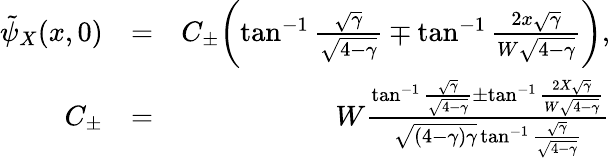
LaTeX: \begin{array}{rlr}{\tilde{\psi}_{X}(x,0)}&{=}&{C_{\pm}\biggl(\tan^{-1}\frac{\sqrt{\gamma}}{\sqrt{4-\gamma}}\mp\tan^{-1}\frac{2x\sqrt{\gamma}}{W\sqrt{4-\gamma}}\biggr),}\\ {C_{\pm}}&{=}&{W\frac{\tan^{-1}\frac{\sqrt{\gamma}}{\sqrt{4-\gamma}}\pm\tan^{-1}\frac{2X\sqrt{\gamma}}{W\sqrt{4-\gamma}}}{\sqrt{(4-\gamma)\gamma}\tan^{-1}\frac{\sqrt{\gamma}}{\sqrt{4-\gamma}}}}\end{array}